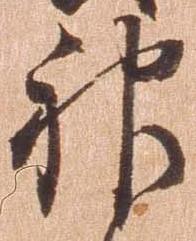
神